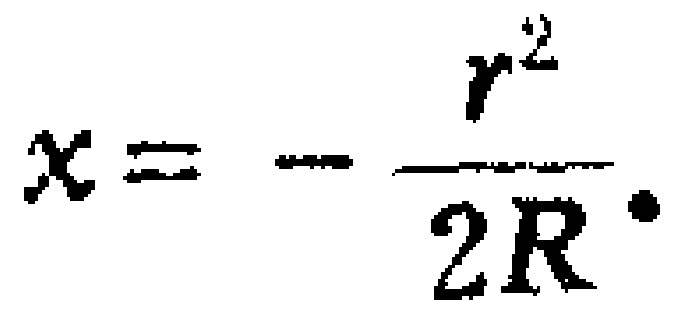
$x = - \frac{r^{2}}{2R}.$